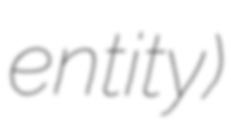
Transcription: entity)